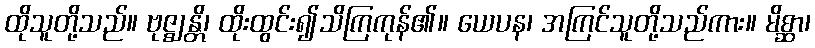
ထိုသူတို့သည်။ ဗုဇ္ဈန္တိ၊ ထိုးထွင်း၍သိကြကုန်၏။ ယေပန၊ အကြင်သူတို့သည်ကား။ မိစ္ဆာ၊